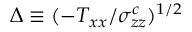
\Delta \equiv ( - T _ { x x } / \sigma _ { z z } ^ { c } ) ^ { 1 / 2 }